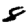
Digit: 8